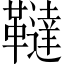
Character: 韃